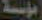
مؤسسة